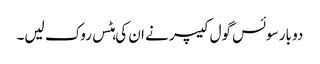
دو بار سوئس گول کیپر نے ان کی ہٹس روک لیں۔